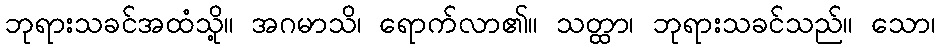
ဘုရားသခင်အထံသို့။ အဂမာသိ၊ ရောက်လာ၏။ သတ္ထာ၊ ဘုရားသခင်သည်။ သော၊